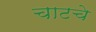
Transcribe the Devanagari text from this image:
चाटचे